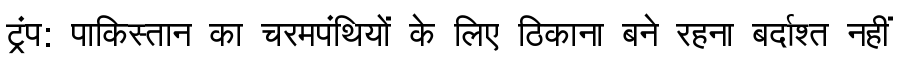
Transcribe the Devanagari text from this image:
ट्रंप: पाकिस्तान का चरमपंथियों के लिए ठिकाना बने रहना बर्दाश्त नहीं